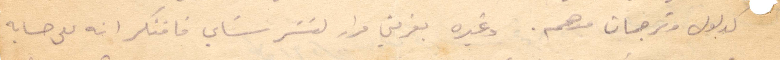
لدلول وترجمان منهم. وغيره يعزمني لنشرب شاي فافتكر انه على حسابه